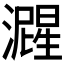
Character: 𬉚